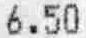
6.50